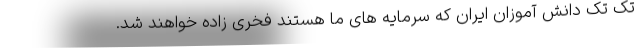
تک تک دانش آموزان ایران که سرمایه های ما هستند فخری زاده خواهند شد.